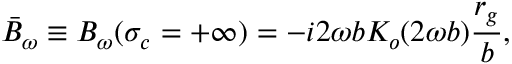
\bar { B } _ { \omega } \equiv B _ { \omega } ( \sigma _ { c } = + \infty ) = - i 2 \omega b K _ { o } ( 2 \omega b ) \frac { r _ { g } } { b } ,